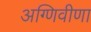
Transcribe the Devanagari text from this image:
अग्णिवीणा